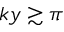
k y \gtrsim \pi